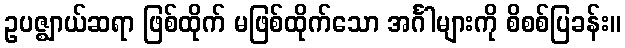
ဥပဇ္ဈာယ်ဆရာ ဖြစ်ထိုက် မဖြစ်ထိုက်သော အင်္ဂါများကို စိစစ်ပြခန်း။